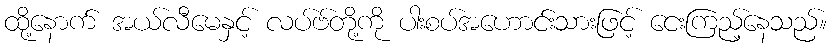
ထို့နောက် အယ်လီမေနှင့် လပ်ဗ်တို့ကို ပါးစပ်အဟောင်းသားဖြင့် ငေးကြည့်နေသည်။